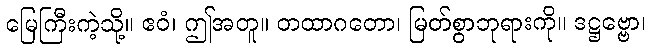
မြေကြီးကဲ့သို့။ ဧဝံ၊ ဤအတူ။ တထာဂတော၊ မြတ်စွာဘုရားကို။ ဒဋ္ဌဗ္ဗော၊